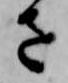
さ